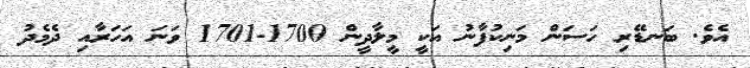
އެވެ. ބަނޑޭރި ހަސަން މަނިކުފާނު އަކީ މީލާދީން 1700-1701 ވަނަ އަހަރާއި ދެމެދު